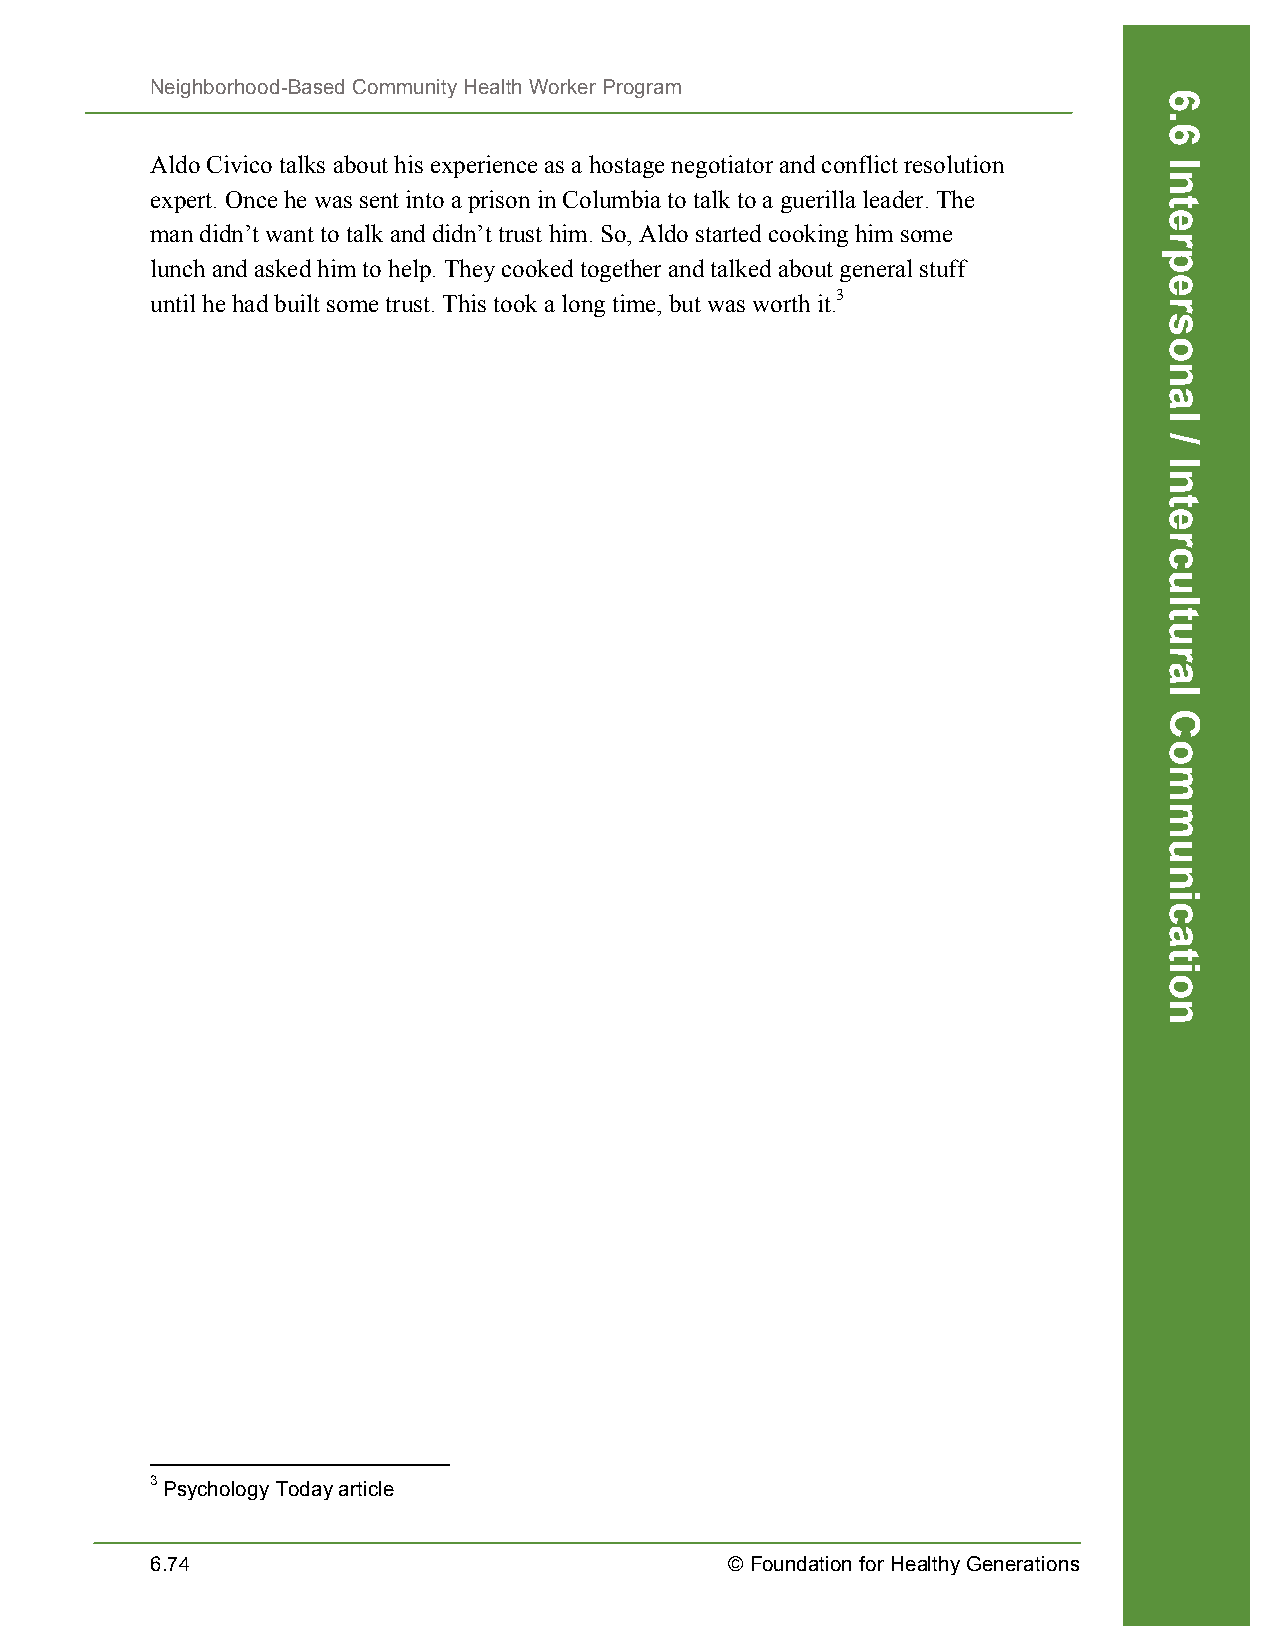
Neighborhood-Based Community Health Worker Program
 Aldo Civico talks about his experience as a hostage negotiator and conflict resolution
 expert. Once he was sent into a prison in Columbia to talk to a guerilla leader. The
 man didn’t want to talk and didn’t trust him. So, Aldo started cooking him some
 lunch and asked him to help. They cooked together and talked about general stuff
 until he had built some trust. This took a long time, but was worth it.3
 3 Psychology Today article
 6.74                                  © Foundation for Healthy Generations
 6.6
 Interpersonal
 /
 Intercultural
 Communication